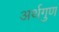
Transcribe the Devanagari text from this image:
अर्थगुण